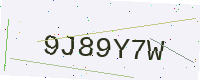
Text: 9J89Y7W